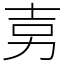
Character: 㔛